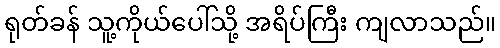
ရုတ်ခန် သူ့ကိုယ်ပေါ်သို့ အရိပ်ကြီး ကျလာသည်။